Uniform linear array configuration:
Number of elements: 12
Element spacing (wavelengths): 0.75
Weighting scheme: exponential
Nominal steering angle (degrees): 0
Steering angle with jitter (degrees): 1.034
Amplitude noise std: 0.05
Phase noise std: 0.05

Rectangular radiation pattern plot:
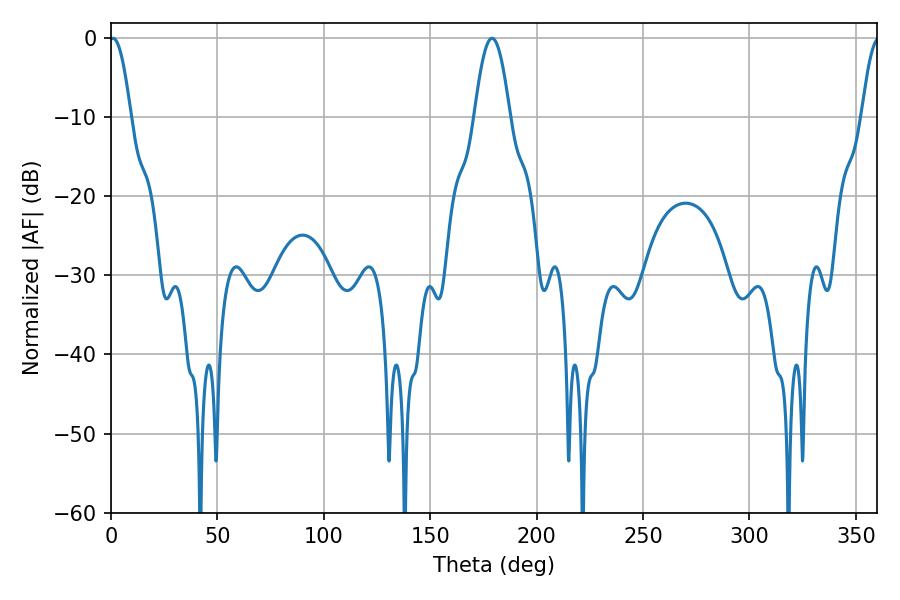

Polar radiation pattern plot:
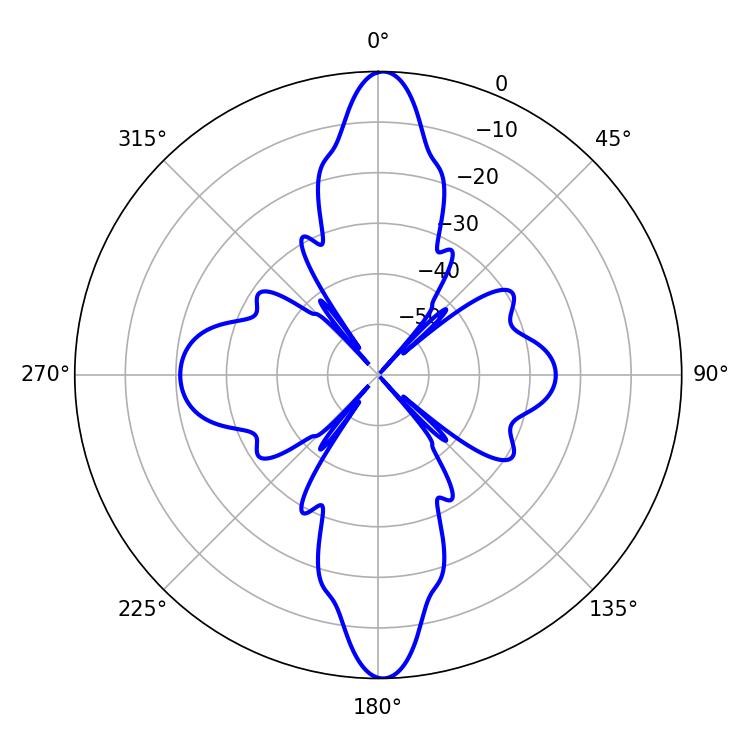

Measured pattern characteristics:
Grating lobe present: TRUE
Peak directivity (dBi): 27.671
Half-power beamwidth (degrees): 5.4
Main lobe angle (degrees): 0.9